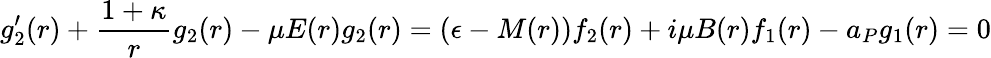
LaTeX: g_{2}^{\prime}(r)+\frac{1+\kappa}{r}g_{2}(r)-\mu E(r)g_{2}(r)=(\epsilon-M(r))f_{2}(r)+i\mu B(r)f_{1}(r)-a_{P}g_{1}(r)=0